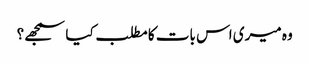
وہ میری اس بات کا مطلب کیا سمجھے؟